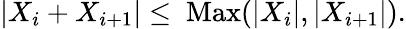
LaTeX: |X_{i}+X_{i+1}|\leq\mathrm{~Max}(|X_{i}|,|X_{i+1}|).